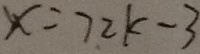
x = 7 2 k - 3